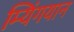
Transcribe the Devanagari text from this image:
म्यिंगयान